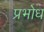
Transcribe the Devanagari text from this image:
प्रभोध